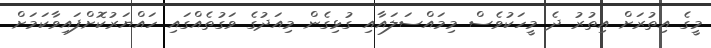
މީގެ އިތުރަށް އިތުރު ދެ މީހަކުވެސް މިމައްސަލައާއި ގުޅިގެން މިއަދުގެ ވަގުތެއްގައި ހައްޔަރުކޮށްފައިވާކަމަށް